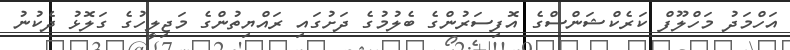
އަހްމަދު މަހްލޫފް ކަރެކްޝަންސްގެ އޮފިސަރުންގެ ބެލުމުގެ ދަށުގައި ރައްޔިތުންގެ މަޖިލީހުގެ ގަލޮޅު ދެކުނު